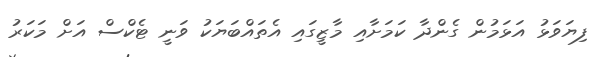
ފިޔަވަޅު އަޅަމުން ގެންދާ ކަމަށާއި މާޒީގައި އެތައްބަޔަކު ވަނީ ޓެކްސް އަށް މަކަރު